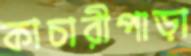
কাচারীপাড়া